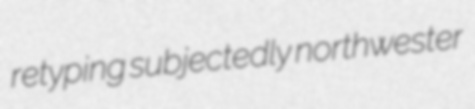
retyping subjectedly northwester